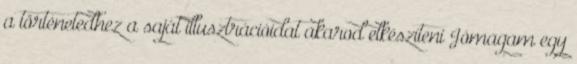
a történetedhez a saját illusztrációidat akarod elkészíteni Jómagam egy